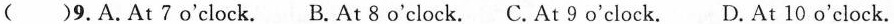
()9.A.At 7 o'clock. B.At 8 o'clock. C. At 9 o'clock. D.At 10 o'clock.